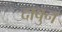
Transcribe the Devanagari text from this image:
दाबुन